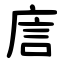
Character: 㢇